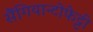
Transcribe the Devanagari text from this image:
सैंगियान्टोफेट्टी